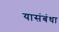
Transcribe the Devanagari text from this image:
यासंबंधा